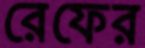
রেফের